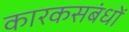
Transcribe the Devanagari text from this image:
कारकसबंधों